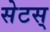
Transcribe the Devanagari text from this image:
सेटस्